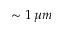
\sim 1 \, \mu m